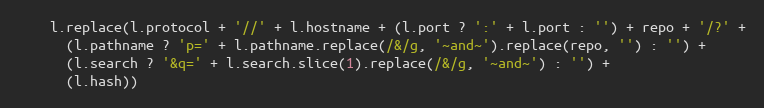
Language: JavaScript
    l.replace(l.protocol + '//' + l.hostname + (l.port ? ':' + l.port : '') + repo + '/?' +
      (l.pathname ? 'p=' + l.pathname.replace(/&/g, '~and~').replace(repo, '') : '') +
      (l.search ? '&q=' + l.search.slice(1).replace(/&/g, '~and~') : '') +
      (l.hash))